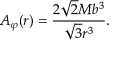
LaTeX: { A } _ { \varphi } ( r ) = \frac { 2 \sqrt { 2 } M b ^ { 3 } } { \sqrt { 3 } r ^ { 3 } } .